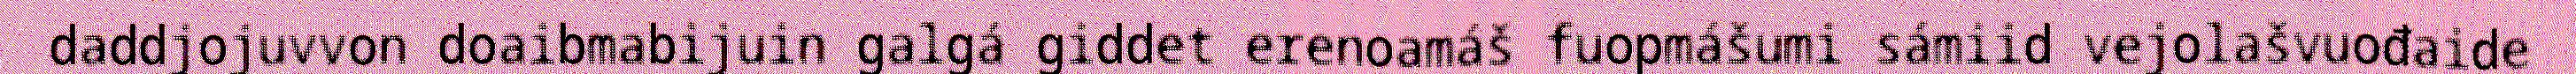
daddjojuvvon doaibmabijuin galgá giddet erenoamáš fuopmášumi sámiid vejolašvuođaide